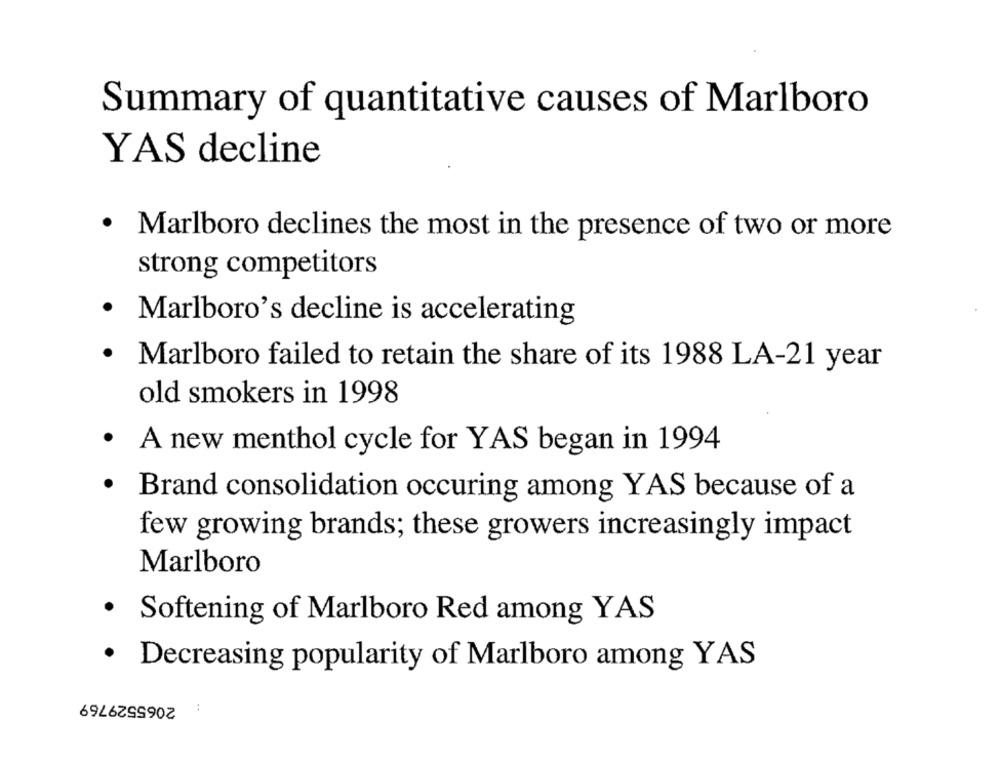
Summary of quantitative causes of Marlboro
YAS decline
· Marlboro declines the most in the presence of two or more
strong competitors
Marlboro's decline is accelerating
.
Marlboro failed to retain the share of its 1988 LA-21 year
old smokers in 1998
A new menthol cycle for YAS began in 1994
· Brand consolidation occuring among YAS because of a
few growing brands; these growers increasingly impact
Marlboro
.
Softening of Marlboro Red among YAS
.
Decreasing popularity of Marlboro among YAS
2065529769
..